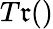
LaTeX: T\mathfrak{r}()